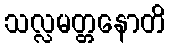
သလ္လမတ္တနောတိ